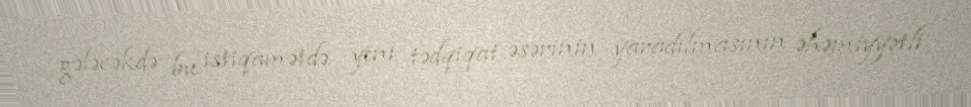
gələcəkdə bu istiqamətdə yeni tədqiqat əsərinin yaradılmasının əhəmiyyətli